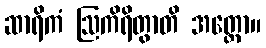
ဆာရိကံ ဩကိရိတွာတိ အတ္ထော။